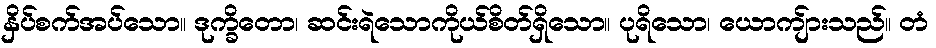
နှိပ်စက်အပ်သော။ ဒုက္ခိတော၊ ဆင်းရဲသောကိုယ်စိတ်ရှိသော။ ပုရိသော၊ ယောကျ်ားသည်။ တံ